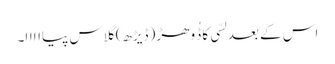
اس کے بعد لسّی کا ڈُوھڑ (ڈیڑھ) گلاس پیااااا۔